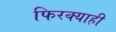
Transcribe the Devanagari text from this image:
फिरक्याही